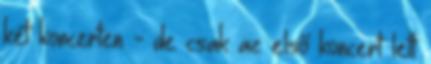
két koncerten - de csak az első koncert lett